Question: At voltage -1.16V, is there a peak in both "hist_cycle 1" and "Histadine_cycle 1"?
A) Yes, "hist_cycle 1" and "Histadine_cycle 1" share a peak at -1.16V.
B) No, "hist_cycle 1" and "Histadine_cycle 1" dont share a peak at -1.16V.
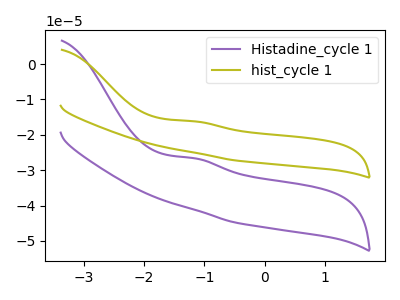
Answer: <think>The purple curve "Histadine_cycle 1" has an anodic peak at: (-1.15V, -26.65uA). The olive curve "hist_cycle 1" has an anodic peak at: (-1.15V, -16.20uA).</think>
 <answer>A) Yes, "hist_cycle 1" and "Histadine_cycle 1" share a peak at -1.16V.</answer>
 <eval>A</eval>